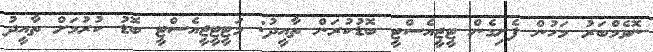
ނޮވެމްބަރު މަހުން ފެށިގެން ޓީޖީއެސްޓީ ބޮޑުކުރަން ތާއީދު: މަޓީޓީޖީއެސްޓީ ބޮޑު ކުރުމަށް ތާއީދު